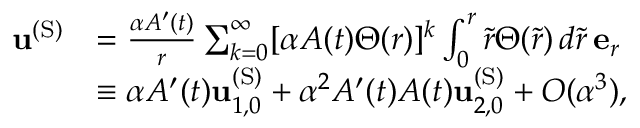
\begin{array} { r l } { \mathbf { u } ^ { \mathrm { ( S ) } } } & { = \frac { \alpha A ^ { \prime } ( t ) } { r } \sum _ { k = 0 } ^ { \infty } [ \alpha A ( t ) \Theta ( r ) ] ^ { k } \int _ { 0 } ^ { r } \tilde { r } \Theta ( \tilde { r } ) \, d \tilde { r } \, \mathbf { e } _ { r } } \\ & { \equiv \alpha A ^ { \prime } ( t ) \mathbf { u } _ { 1 , 0 } ^ { \mathrm { ( S ) } } + \alpha ^ { 2 } A ^ { \prime } ( t ) A ( t ) \mathbf { u } _ { 2 , 0 } ^ { \mathrm { ( S ) } } + O ( \alpha ^ { 3 } ) , } \end{array}